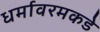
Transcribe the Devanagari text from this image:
धर्मावरमकडे